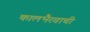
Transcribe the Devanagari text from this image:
कालभैरवाची